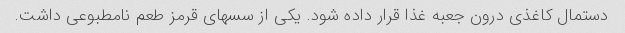
دستمال کاغذی درون جعبه غذا قرار داده شود. یکی از سسهای قرمز طعم نامطبوعی داشت.